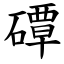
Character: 磹